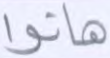
هاتوا